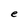
Character: e